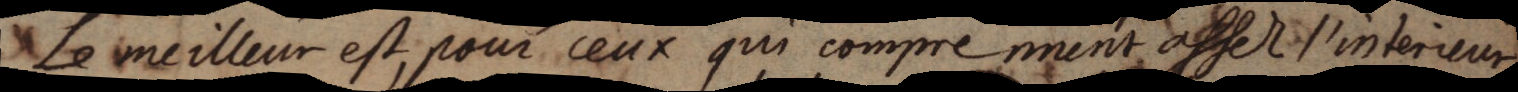
Le meilleur est, pour ceux qui comprennent assez l’interieur